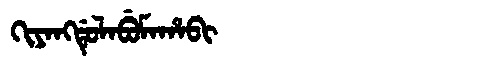
Manchu: ᡴᡳᠶᠠᠩᡩᡠᠯᠠᠪᡠᠮᠠᡥᠠᠪᡳ
Romanization: KIYANGDULABUMAHABI